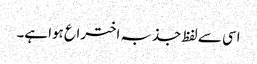
اسی سے لفظ جذبہ اختراع ہوا ہے۔